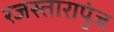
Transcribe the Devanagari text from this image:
रजस्तारापुंज